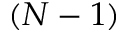
( N - 1 )